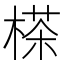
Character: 𣗪